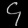
Digit: ၄